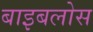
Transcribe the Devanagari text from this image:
बाइबलोस